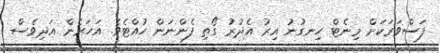
ފަސްވަރަކަށް މިނެޓް ހިނގުނު އިރު އެދުރު ގޯތި ފެންނަން ހުއްޓެވެ. އަހަރެން އަދިވެސް